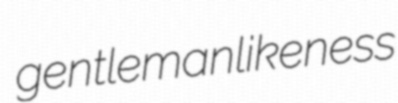
gentlemanlikeness